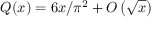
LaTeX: Q ( x ) = 6 x / \pi ^ { 2 } + O \left( { \sqrt { x } } \right)